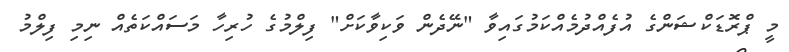
މީ ޕްރޮޑަކްޝަންގެ އުފެއްދުމެއްކަމުގައިވާ "ނޭދެން ވަކިވާކަށް" ފިލްމުގެ ހުރިހާ މަސައްކަތެއް ނިމި ފިލްމު